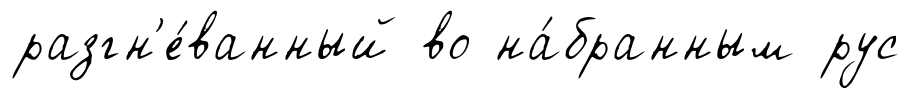
разгн'е́ванный во на́бранным рус